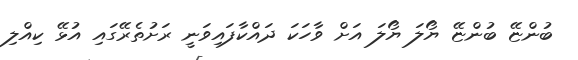
ބުންޏޭ ބުންޏޭ ޔޯލަ ޔޯލަ އަށް ވާހަކަ ދައްކާފައިވަނީ ރަށުތެރޭގައި އުޅޭ ކިއްލި